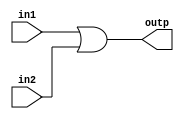
module module_32bitOR( outp, in1, in2 );
    
    input [31:0] in1, in2;
    output [31:0] outp;
    assign outp = in1 | in2;

endmodule